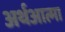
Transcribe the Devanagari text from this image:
अर्थआत्मा